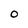
Character: O